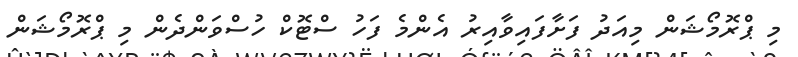
މި ޕްރޮމޯޝަން މިއަދު ފަށާފައިވާއިރު އެންމެ ފަހު ސްޓޮކް ހުސްވަންދެން މި ޕްރޮމޯޝަން